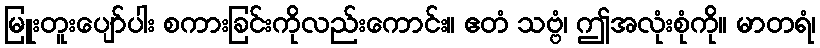
မြူးတူးပျော်ပါး စကားခြင်းကိုလည်းကောင်း။ ဧတံ သဗ္ဗံ၊ ဤအလုံးစုံကို။ မာတရံ၊